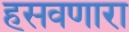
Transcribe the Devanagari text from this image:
हसवणारा